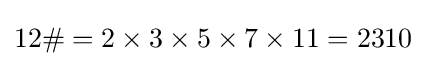
12\#=2\times 3\times 5\times 7\times 11=2310